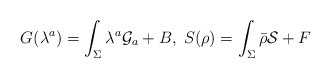
\begin{align*}G(\lambda^a) = \int_\Sigma \lambda^a {\cal G}_a + B , \; S(\rho) = \int_\Sigma \bar \rho {\cal S} + F \end{align*}